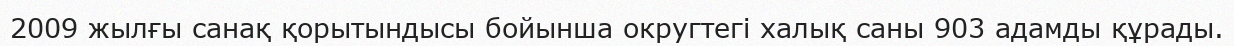
2009 жылғы санақ қорытындысы бойынша округтегі халық саны 903 адамды құрады.